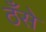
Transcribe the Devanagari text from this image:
ठँसे